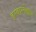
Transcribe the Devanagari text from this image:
दरबारनेश्वरम